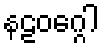
နဠဝဂ္ဂေါ